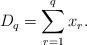
LaTeX: \begin{align*}D_{q}=\sum_{r=1}^{q}x_{r}.\end{align*}